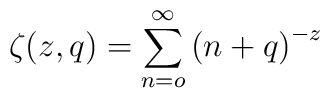
\zeta (z,q)=\sum\limits_{n=o}^\infty \left( n+q\right) ^{-z}